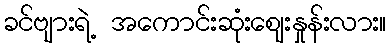
ခင်ဗျားရဲ့ အကောင်းဆုံးဈေးနှုန်းလား။